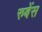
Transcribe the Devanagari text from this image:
रुबेंस